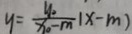
y = \frac { y _ { 0 } } { x _ { 0 } - m } 1 x - m )